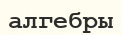
алгебры